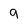
Character: 9